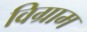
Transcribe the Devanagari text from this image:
विग्राम